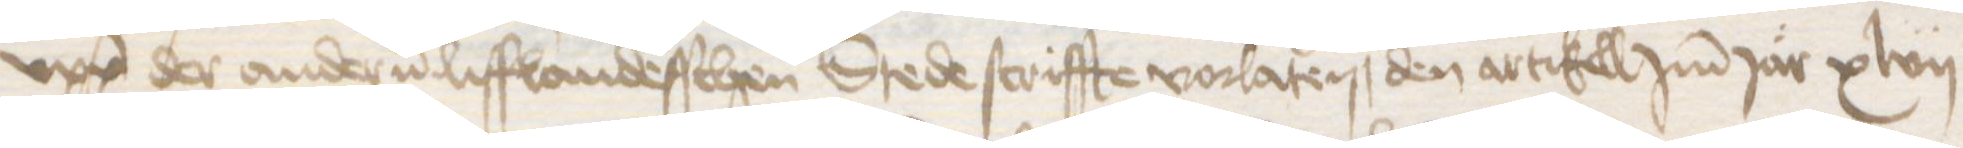
upp der anderen lifflandesschen Stede scriffte vorlaten, den artikell Jmm Jar xlvii